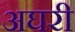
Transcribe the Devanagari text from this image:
अघरी